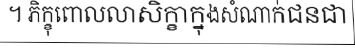
។ ភិក្ខុពោលលាសិក្ខាក្នុងសំណាក់ជនជា